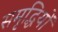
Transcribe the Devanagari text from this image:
समृद्धियों